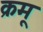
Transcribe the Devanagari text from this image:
क्रमू